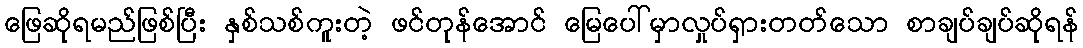
ဖြေဆိုရမည်ဖြစ်ပြီး နှစ်သစ်ကူးတဲ့ ဖင်တုန်အောင် မြေပေါ်မှာလှုပ်ရှားတတ်သော စာချပ်ချပ်ဆိုရန်